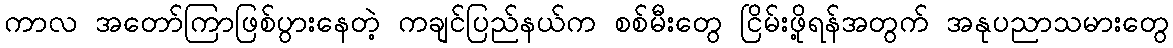
ကာလ အတော်ကြာဖြစ်ပွားနေတဲ့ ကချင်ပြည်နယ်က စစ်မီးတွေ ငြိမ်းဖို့ရန်အတွက် အနုပညာသမားတွေ